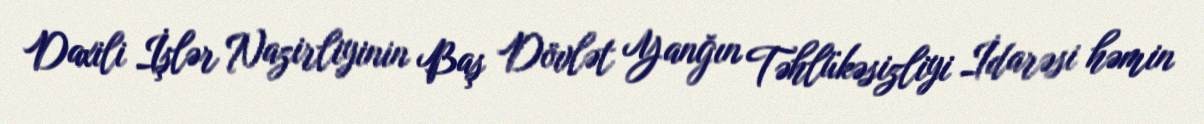
Daxili İşlər Nazirliyinin Baş Dövlət Yanğın Təhlükəsizliyi İdarəsi həmin